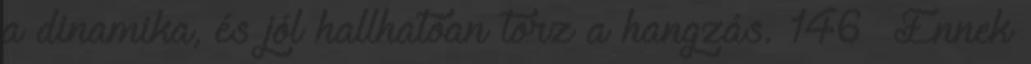
a dinamika, és jól hallhatóan torz a hangzás. 146 Ennek